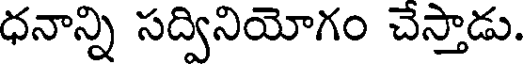
ధనాన్ని సద్వినియోగం చేస్తాడు.